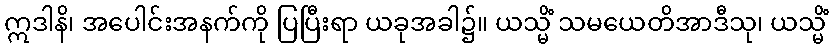
ဣဒါနိ၊ အပေါင်းအနက်ကို ပြပြီးရာ ယခုအခါ၌။ ယသ္မိံ သမယေတိအာဒီသု၊ ယသ္မိံ